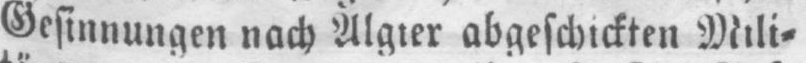
Gesinnungen nach Algier abgeschickten Mili⸗